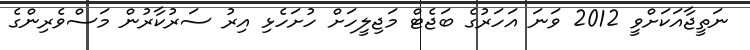
ނަތީޖާއަކަށްވީ 2012 ވަނަ އަހަރުގެ ބަޖެޓް މަޖިލީހަށް ހުށަހެޅި އިރު ސަރުކާރުން މަސްވެރިންގެ